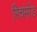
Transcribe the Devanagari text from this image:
रिचमोंड